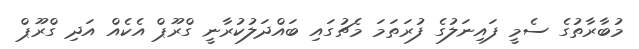
މުބާރާތުގެ ސެމީ ފައިނަލުގެ ފުރަތަމަ މެޗުގައި ބައްދަލުކުރާނީ ގްރޫޕް އެކެއް އަދި ގްރޫޕް